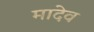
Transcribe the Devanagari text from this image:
मादेव